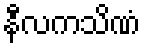
နီလကသိဏံ